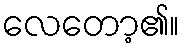
လေတော့၏။